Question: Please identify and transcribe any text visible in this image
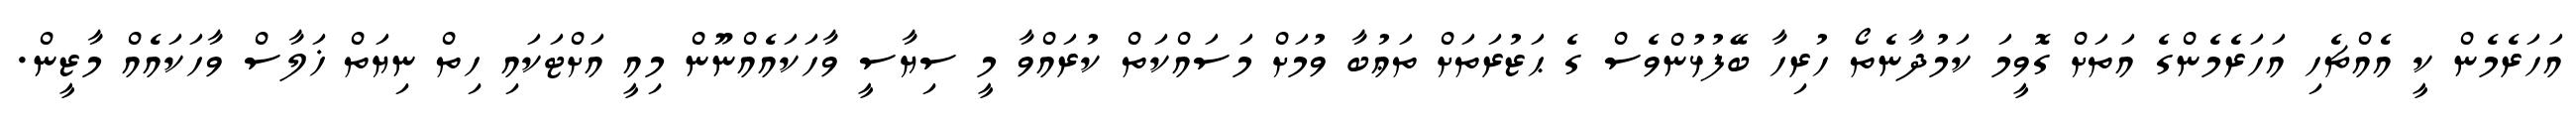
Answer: އަހަރެމެން ކީ އެއްޗެހި އަހަރެމެންގެ އަތަށް ގޮވީމަ ކަމުދާނެތޯ ހުރިހާ ބޭފުޅުންވެސް ގެ ޙަޒުރަތަށް ތަޢުބާ ވުމަށް މަސައްކަތް ކުރައްވާ މީ ސިޔާސީ ވާހަކައެއްނޫން މިއީ އަށްޓަކައި ހިތް ނިޔަތް ޚަލާސް ވާހަކައެއް މާޒީން.